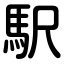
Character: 駅